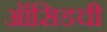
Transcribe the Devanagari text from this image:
ऑसिडची